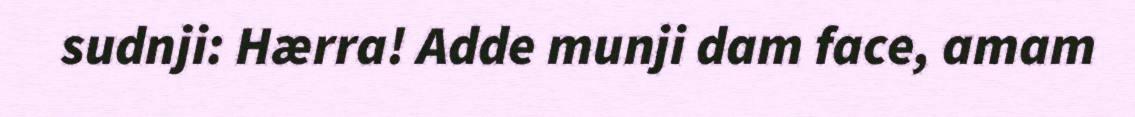
sudnji: Hærra! Adde munji dam face, amam